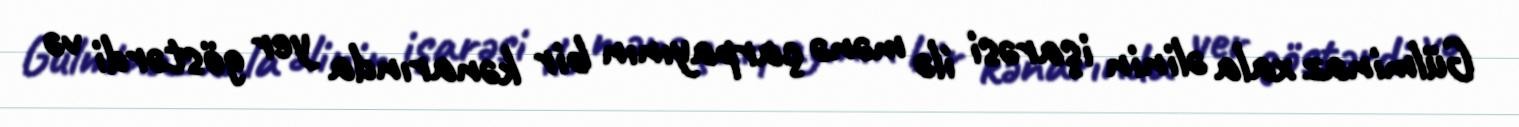
Gülminaz xala əlinin işarəsi ilə mənə çarpayının bir kənarında yer göstərdi və